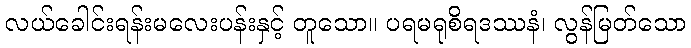
လယ်ခေါင်းရန်းမလေးပန်းနှင့် တူသော။ ပရမရုစိရဒဿနံ၊ လွန်မြတ်သော